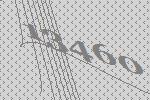
13460